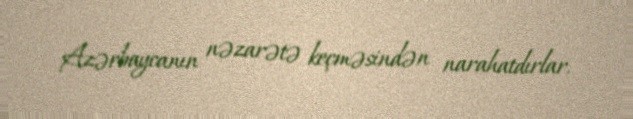
Azərbaycanın nəzarətə keçməsindən narahatdırlar.